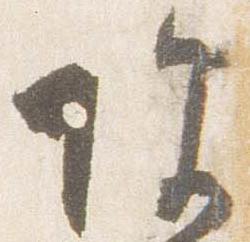
除